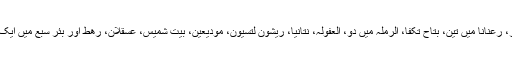
ان کے علاوہ تل ابیب میں چار، رعنانا میں تین، بتاح تکفا، الرملہ میں دو، العفولہ، نتانیا، ریشون لتسیون، مودیعین، بیت شمیس، عسقلان، رھط اور بئر سبع میں ایک ایک کارروائی درج کی گئی۔